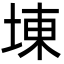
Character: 埬